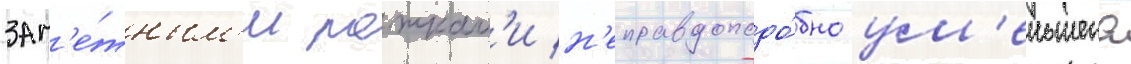
зам'е́тным'и рожкам'и н'еправдоподо́бно ум'еньшена